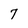
Character: 7